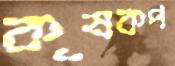
কৃষকপ